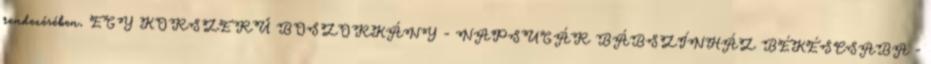
rendezésében. EGY KORSZERŰ BOSZORKÁNY - NAPSUGÁR BÁBSZÍNHÁZ BÉKÉSCSABA -